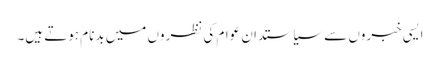
ایسی خبروں سے سیاستدان عوام کی نظروں میں بدنام ہوتے ہیں۔